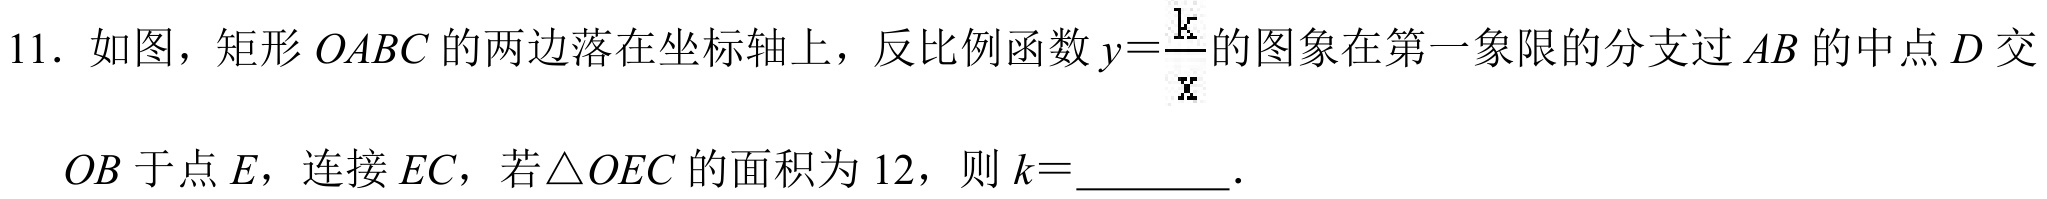
11. 如图，矩形\(OABC\)的两边落在坐标轴上，反比例函数\(y = \frac{k}{x}\)的图象在第一象限的分支过\(AB\)的中点\(D\)交
\(OB\)于点\(E\)，连接\(EC\)，若\(\triangle OEC\)的面积为\(12\)，则\(k =\)  ．